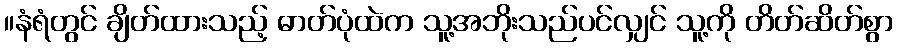
။နံရံတွင် ချိတ်ထားသည့် ဓာတ်ပုံထဲက သူ့အဘိုးသည်ပင်လျှင် သူ့ကို တိတ်ဆိတ်စွာ